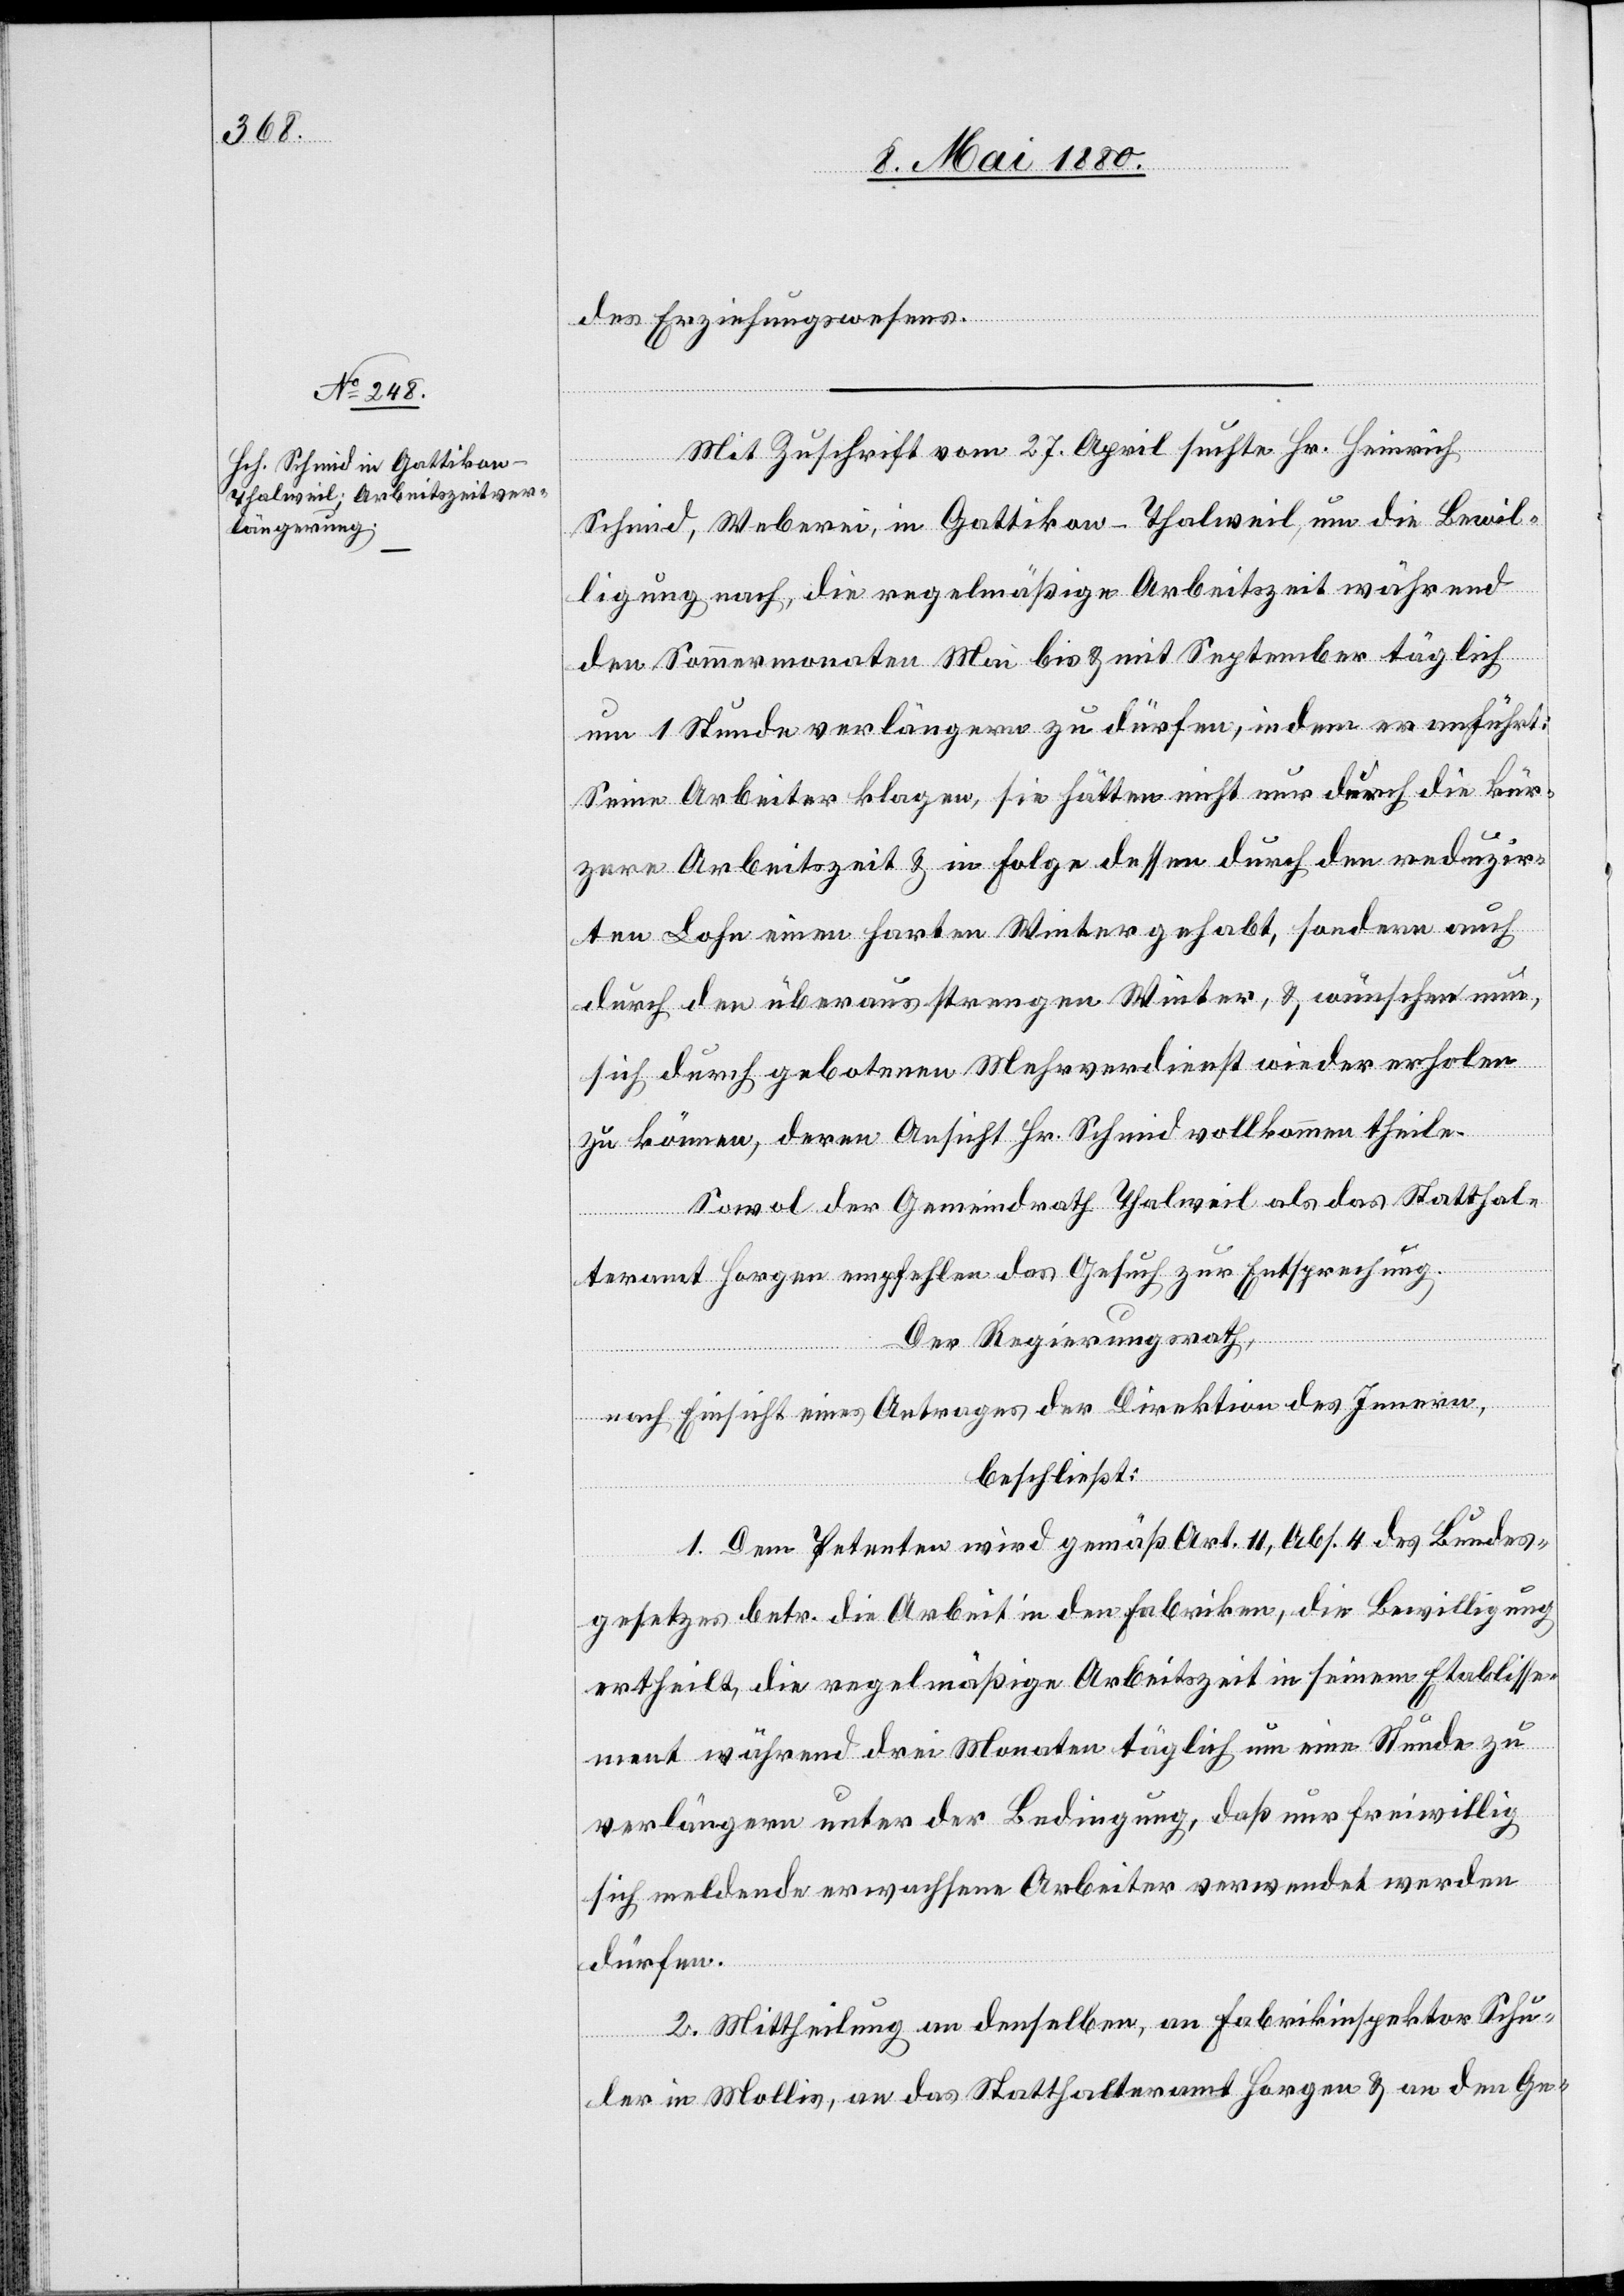
des Erziehungswesens.
Mit Zuschrift vom 27. April suchte Hr. Heinrich
Schmid, Weberei, in Gattikon - Thalweil, um die Bewil¬
ligung nach, die regelmäßige Arbeitszeit während
den Sommermonaten Mai bis & mit September täglich
um 1 Stunde verlängern zu dürfen, indem er anführt:
Seine Arbeiter klagen, sie hätten nicht nur durch die kür¬
zere Arbeitszeit & in Folge dessen durch den reduzir¬
ten Lohn einen harten Winter gehabt, sondern auch
durch den überaus strengen Winter, & wünschen nun,
sich durch gebotenen Mehrverdienst wieder erholen
zu können, deren Ansicht Hr. Schmid vollkommen theile.
Sowol der Gemeindrath Thalweil als das Statthal¬
teramt Horgen empfehlen das Gesuch zur Entsprechung.
Der Regierungsrath,
nach Einsicht eines Antrages der Direktion des Innern,
beschließt:
1. Dem Petenten wird gemäß Art. 11, Abs. 4 des Bundes¬
gesetzes betr. die Arbeit in den Fabriken, die Bewilligung
ertheilt, die regelmäßige Arbeitszeit in seinem Etablisse¬
ment während drei Monaten täglich um eine Stunde zu
verlängern unter der Bedingung, daß nur freiwillig
sich meldende erwachsene Arbeiter verwendet werden
dürfen.
2. Mittheilung an denselben, ab Fabrikinspektor Schu¬
ler in Mollis, an das Statthalteramt Horgen & an den Ge-